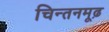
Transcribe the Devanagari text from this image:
चिन्तनमूढ़